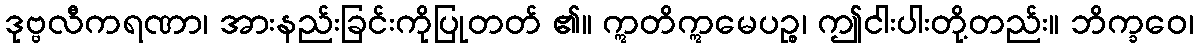
ဒုဗ္ဗလီကရဏာ၊ အားနည်းခြင်းကိုပြုတတ် ၏။ ဣတိဣမေပဉ္စ၊ ဤငါးပါးတို့တည်း။ ဘိက္ခဝေ၊